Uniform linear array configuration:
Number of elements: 4
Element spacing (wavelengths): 0.25
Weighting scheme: uniform
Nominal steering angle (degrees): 0
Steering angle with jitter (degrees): -0.9782
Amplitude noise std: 0.05
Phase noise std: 0.05

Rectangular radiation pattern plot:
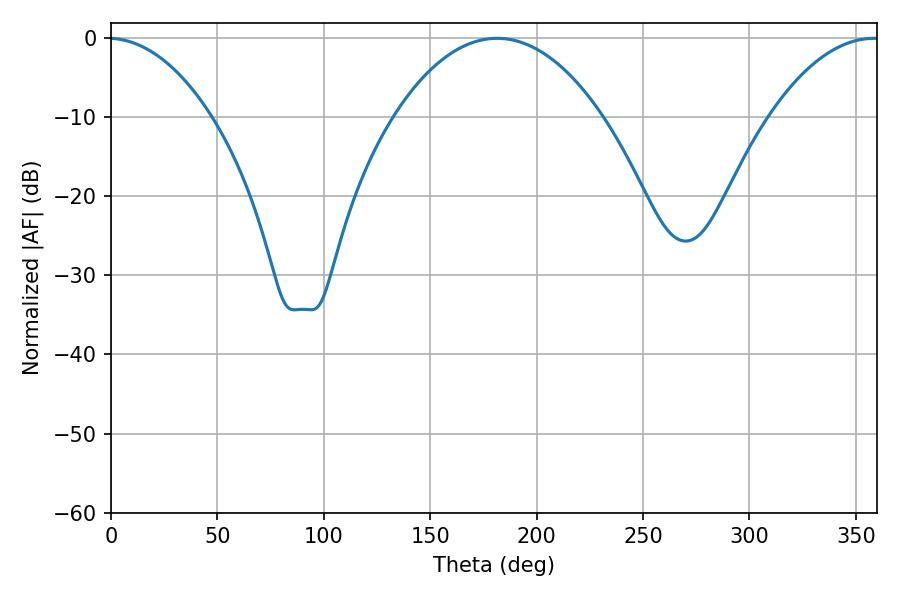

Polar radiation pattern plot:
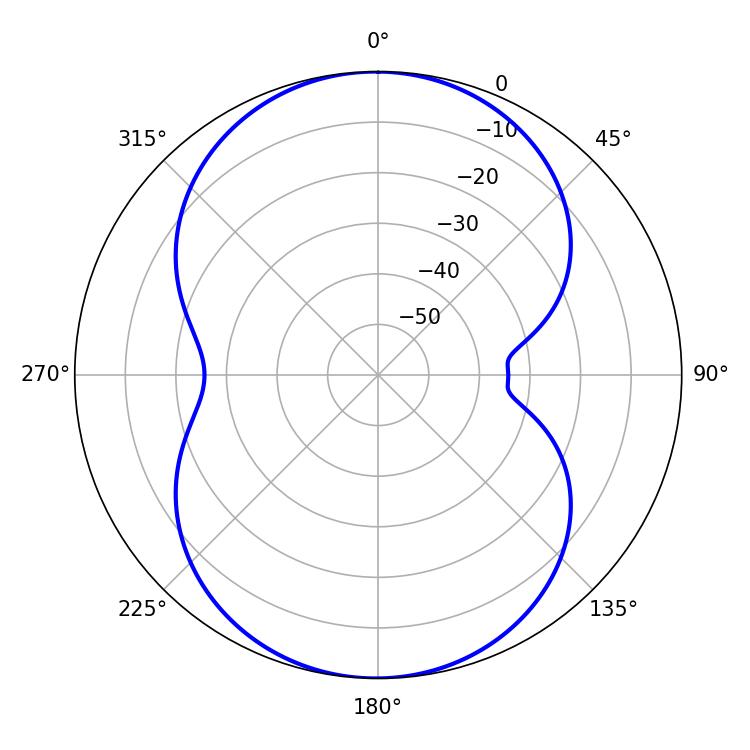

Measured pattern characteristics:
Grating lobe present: FALSE
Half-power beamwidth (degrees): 54.54
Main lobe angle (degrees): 181.44